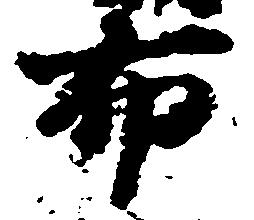
布